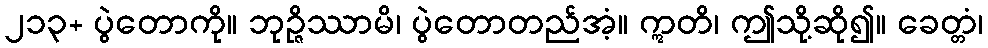
၂၁၃+ ပွဲတောကို။ ဘုဉ္ဇိဿာမိ၊ ပွဲတောတည်အံ့။ ဣတိ၊ ဤသို့ဆို၍။ ခေတ္တံ၊